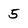
Character: 5